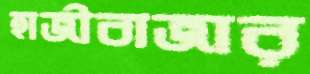
হাজীবাজার